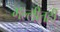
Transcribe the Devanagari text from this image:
गल्लीतही